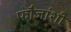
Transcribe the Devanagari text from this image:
फौजांशी